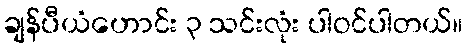
ချန်ပီယံဟောင်း ၃ သင်းလုံး ပါဝင်ပါတယ်။